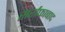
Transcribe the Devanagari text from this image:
सर्राफाबाद